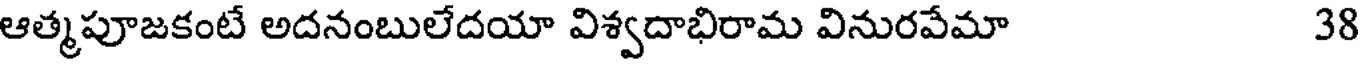
ఆత్మపూజకంటే అదనంబులేదయా విశ్వదాభిరామ వినురవేమా 38